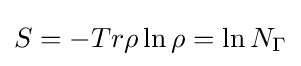
S=-Tr\rho \ln \rho =\ln N_{\Gamma }